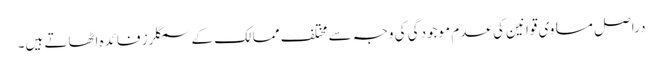
دراصل مساوی قوانین کی عدم موجودگی کی وجہ سے مختلف ممالک کے سمگلرز فائدہ اٹھاتے ہیں۔